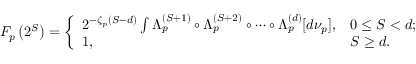
F _ { p } \left( 2 ^ { S } \right) = \left\{ \begin{array} { l l } { 2 ^ { - \zeta _ { p } ( S - d ) } \int \Lambda _ { p } ^ { ( S + 1 ) } \circ \Lambda _ { p } ^ { ( S + 2 ) } \circ \cdots \circ \Lambda _ { p } ^ { ( d ) } [ d \nu _ { p } ] , } & { 0 \le S < d ; } \\ { 1 , } & { S \ge d . } \end{array} \right.